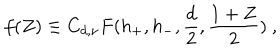
f ( Z ) \equiv C _ { d , \nu } F ( h _ { + } , h _ { - } , { \frac { d } { 2 } } , { \frac { 1 + Z } { 2 } } ) ~ ,